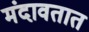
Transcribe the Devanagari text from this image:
मंदावतात